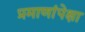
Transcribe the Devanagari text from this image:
प्रमाणांपेक्षा